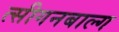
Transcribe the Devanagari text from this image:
त्सीगनबाल्ग